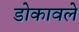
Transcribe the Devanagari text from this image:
डोकावले